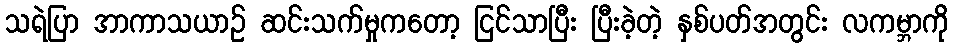
သရဲပြာ အာကာသယာဉ် ဆင်းသက်မှုကတော့ ငြင်သာပြီး ပြီးခဲ့တဲ့ နှစ်ပတ်အတွင်း လကမ္ဘာကို